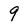
Character: 9